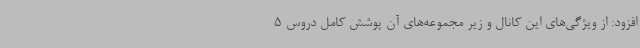
افزود: از ویژگی‌های این کانال و زیر مجموعه‌های آن پوشش کامل دروس 5